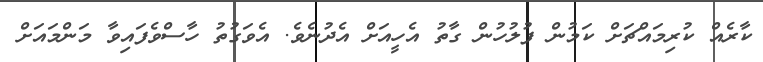
ކާރެއް ކުރިމައްޗަށް ކަމުން ފުލުހުން ގާތު އެހީއަށް އެދުނެވެ. އެވަގުތު ހާސްވެފައިވާ މަންމައަށް